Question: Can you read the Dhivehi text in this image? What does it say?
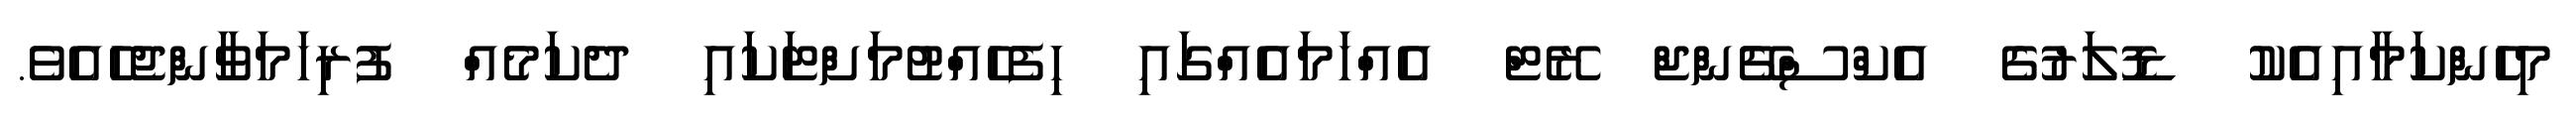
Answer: މިހެންކަމާއިއެކު ޑޮލަރުގެ އެކްސްޗޭންޖް ރޭޓް އެއްހަމައެއްގައި ހިފެހެއްޓުމަށްޓަކައި ދެކަމެއް ފުރިހަމަވާންޖެހެއެވެ.